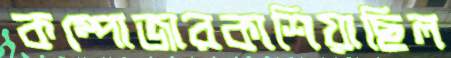
কম্পোজারকাশিয়াছিল